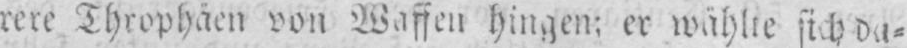
rere Throphäen von Waffen hingen; er wählte sich da⸗